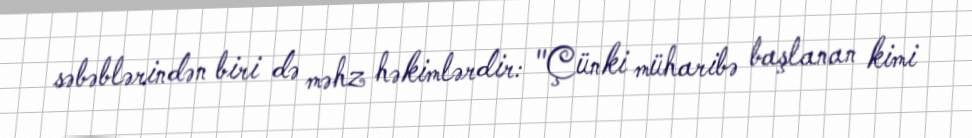
səbəblərindən biri də məhz həkimlərdir: "Çünki müharibə başlanan kimi